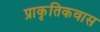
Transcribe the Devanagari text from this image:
प्राकृतिकवास